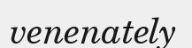
venenately